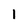
Character: 1